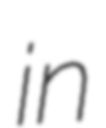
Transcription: in